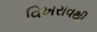
વિખરાવથી